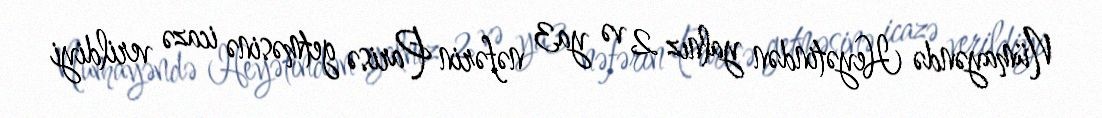
Nümayəndə Heyətindən yalnız 2 və ya3 nəfərin Parisə getməsinə icazə verildiyi